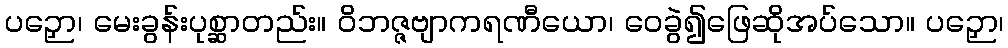
ပဉှော၊ မေးခွန်းပုစ္ဆာတည်း။ ဝိဘဇ္ဇဗျာကရဏီယော၊ ဝေခွဲ၍ဖြေဆိုအပ်သော။ ပဉှော၊